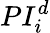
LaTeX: PI_{i}^{d}